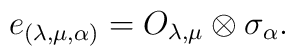
e_{(\lambda,\mu,\alpha)}=O_{\lambda,\mu}\otimes\sigma_{\alpha} .